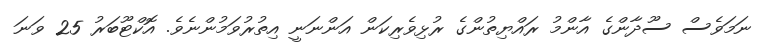
ނަމަވެސް ސޫދާންގެ އާންމު ރައްޔިތުންގެ ރުޅިވެރިކަން އަންނަނީ އިތުރުވަމުންނެވެ. އޮކްޓޫބަރު 25 ވަނަ